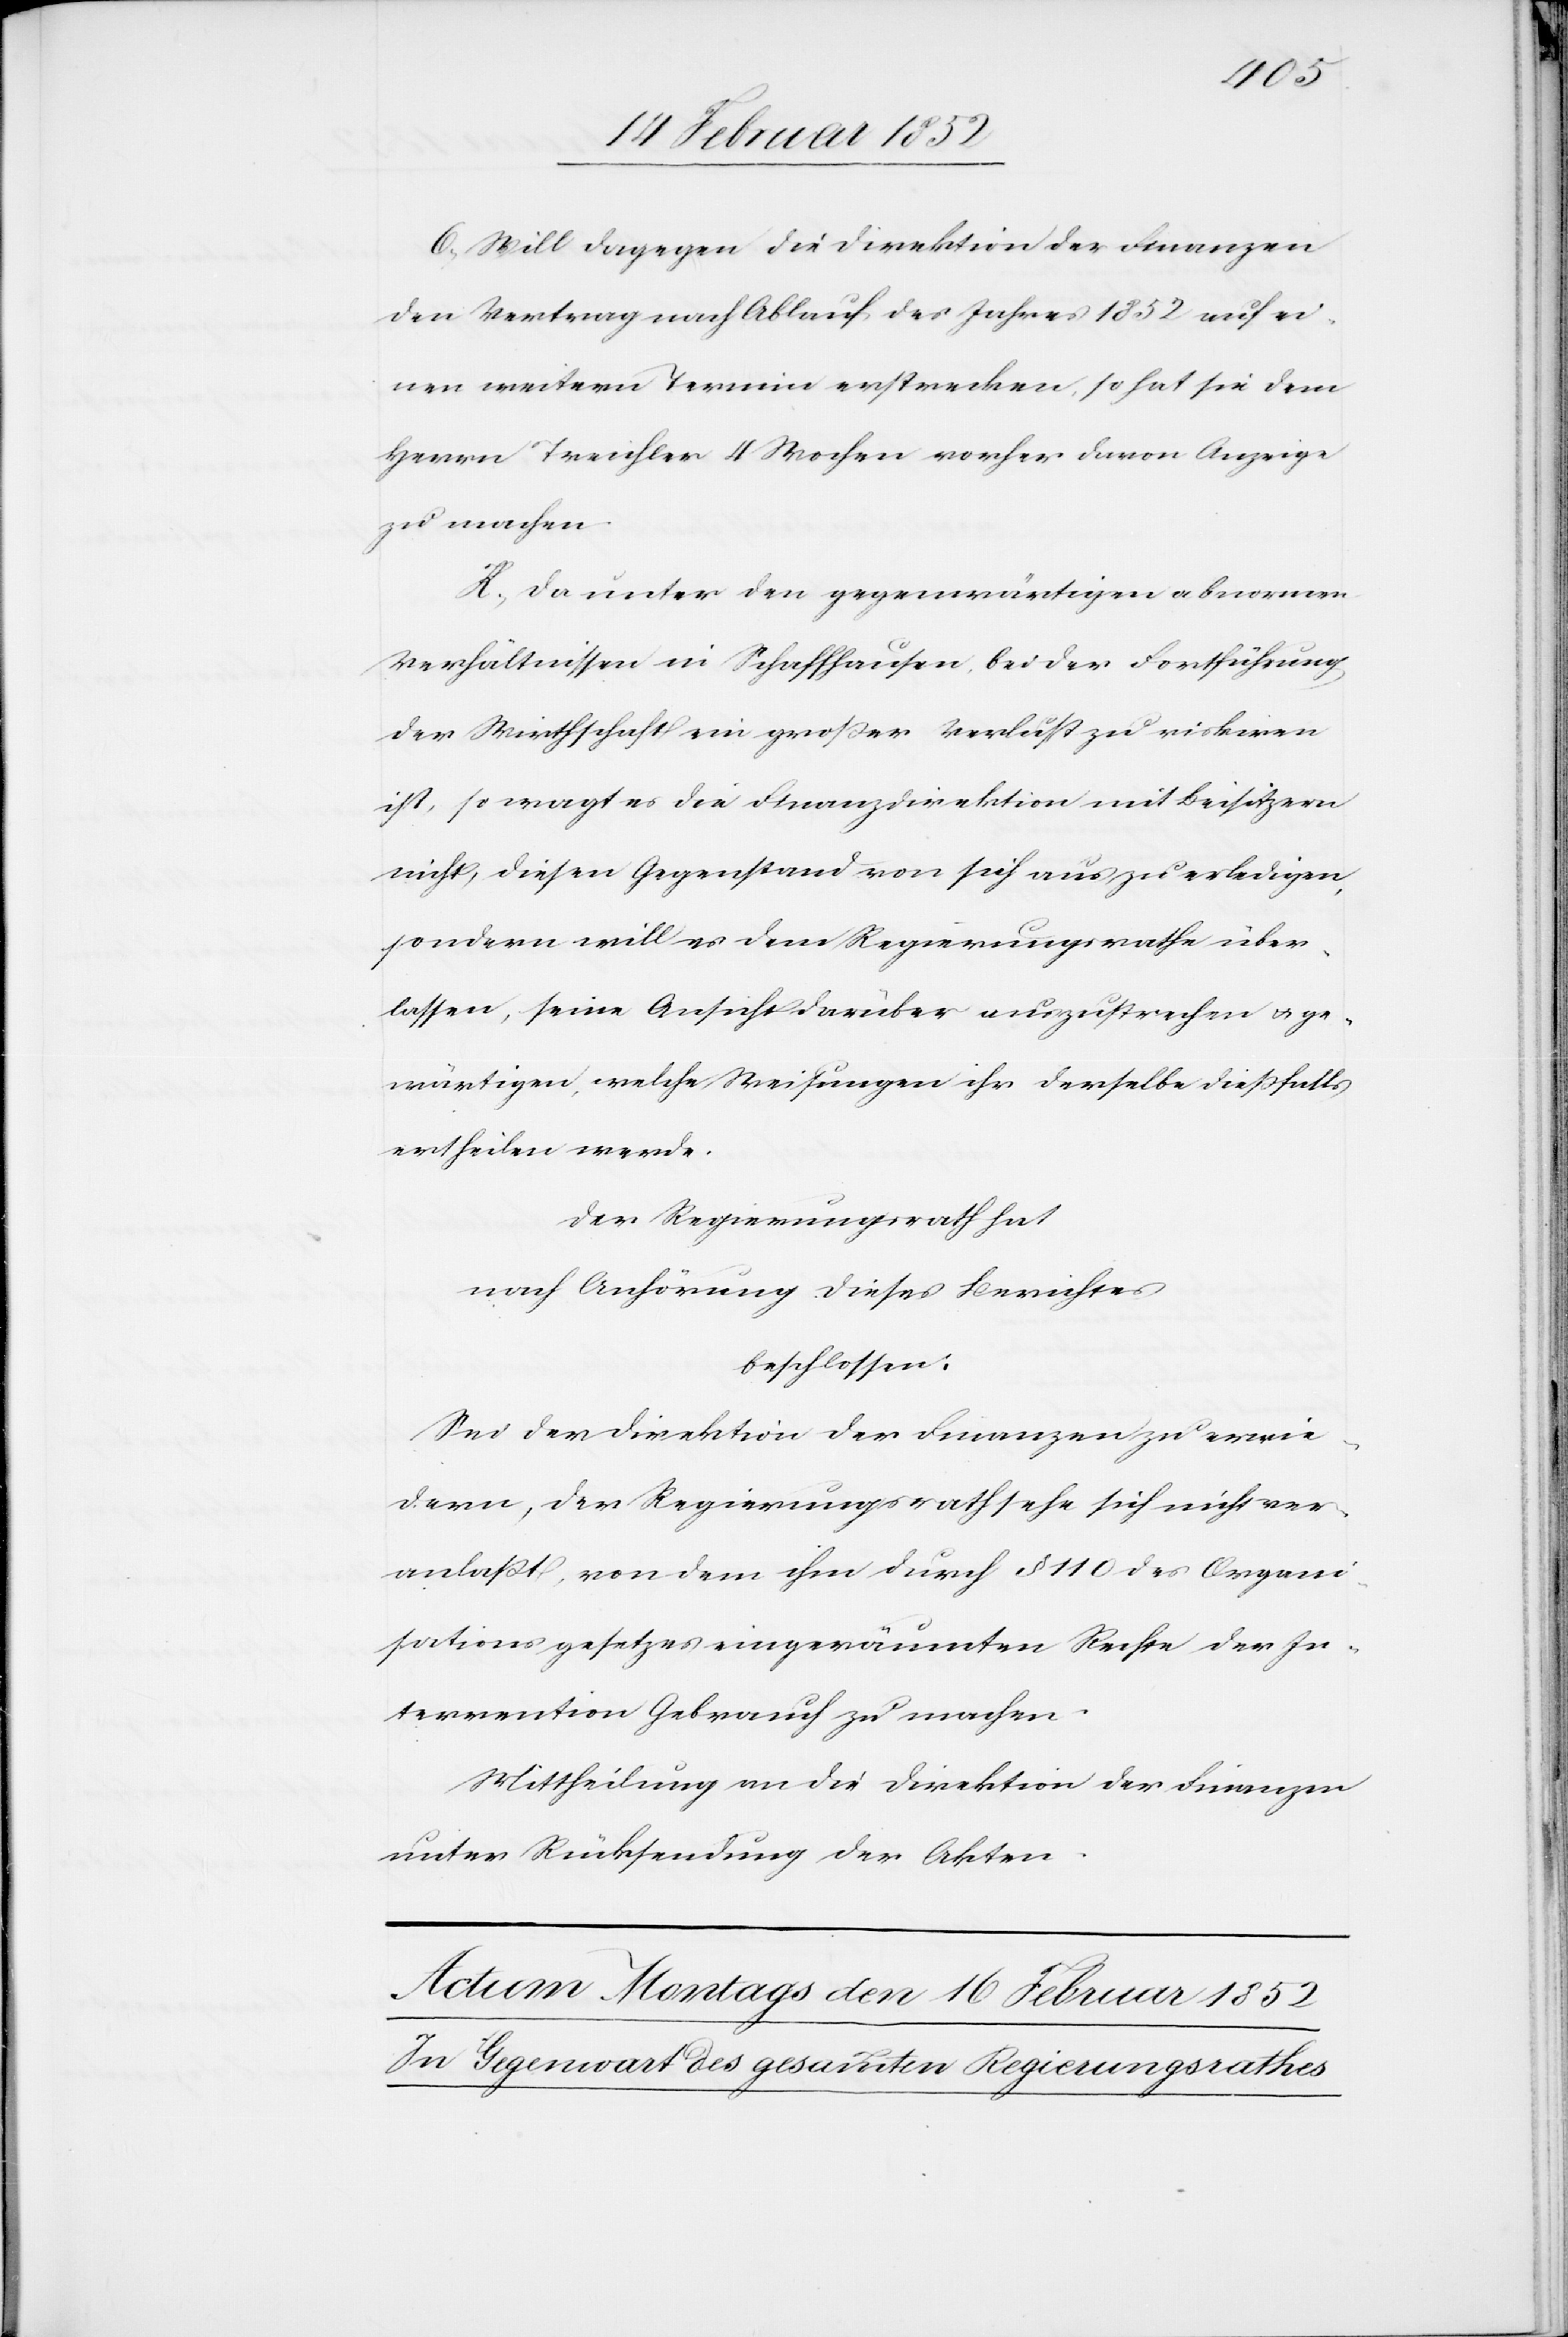
6.) Will dagegen die Direktion der Finanzen
den Vertrag nach Ablauf des Jahres 1852 auf ei¬
nen weitern Termin erstrecken, so hat sie dem
Herrn Treichler 4 Wochen vorher davon Anzeige
zu machen.
K.) Da unter den gegenwärtigen abnormen
Verhältnissen in Schaffhausen bei der Fortführung
der Wirthschaft ein großer Verlust zu riskiren
ist, so wagt es die Finanzdirektion mit Beisitzern
nicht, diesen Gegenstand von sich aus zu erledigen,
sondern will es dem Regierungsrath über¬
lassen, seine Ansicht darüber auszusprechen u. ge¬
wärtigen, welche Weisungen ihr derselbe dießfalls
ertheilen werde.
Der Regierungsrath hat
nach Anhörung dieses Berichtes
beschlossen:
Sei der Direktion der Finanzen zu erwie¬
dern, der Regierungsrath sehe sich nicht ver¬
anlaßt, von dem ihm durch § 110 des Organi¬
sationsgesetzes eingeräumten Rechte der In¬
tervention Gebrauch zu machen.
Mittheilung an die Direktion der Finanzen
unter Rücksendung der Akten.